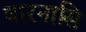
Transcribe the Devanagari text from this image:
वारनासि